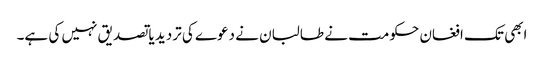
ابھی تک افغان حکومت نے طالبان نے دعوے کی تردید یا تصدیق نہیں کی ہے۔